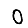
Digit: 0